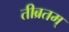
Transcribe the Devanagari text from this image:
तीब्रतम्